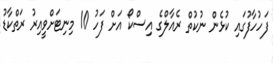
ފަހުހާފުގައި ކުޅެން ނުކުތް ރެއާލްގެ އިސްކޯ އަށް ފަހު 10 މިނިޓަށްވީއިރު ރަތްކާޑު